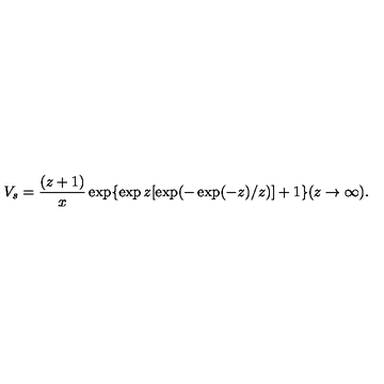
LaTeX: V _ { s } = \frac { ( z + 1 ) } { x } \exp \{ \exp z [ \exp ( - \exp ( - z ) / z ) ] + 1 \} ( z \rightarrow \infty ) .